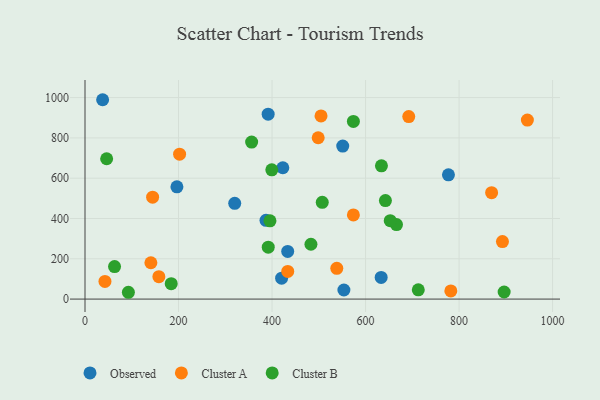
{"axis": {"x": "Speed", "y": "Demand"}, "legend": ["Cluster A", "Cluster B", "Observed"], "data": [{"x": "423.1", "y": 651.7, "type": "Observed"}, {"x": "37.7", "y": 989.4, "type": "Observed"}, {"x": "391.7", "y": 917.7, "type": "Observed"}, {"x": "387.1", "y": 390.7, "type": "Observed"}, {"x": "320.2", "y": 475.2, "type": "Observed"}, {"x": "633.4", "y": 107.3, "type": "Observed"}, {"x": "433.5", "y": 236.3, "type": "Observed"}, {"x": "553.7", "y": 45.0, "type": "Observed"}, {"x": "551.2", "y": 759.5, "type": "Observed"}, {"x": "196.6", "y": 557.2, "type": "Observed"}, {"x": "420.5", "y": 103.6, "type": "Observed"}, {"x": "777.3", "y": 616.8, "type": "Observed"}, {"x": "42.7", "y": 87.5, "type": "Cluster A"}, {"x": "202.3", "y": 719.1, "type": "Cluster A"}, {"x": "538.5", "y": 152.9, "type": "Cluster A"}, {"x": "869.6", "y": 528.1, "type": "Cluster A"}, {"x": "782.4", "y": 40.4, "type": "Cluster A"}, {"x": "140.9", "y": 180.4, "type": "Cluster A"}, {"x": "433.6", "y": 137.2, "type": "Cluster A"}, {"x": "144.6", "y": 506.0, "type": "Cluster A"}, {"x": "692.4", "y": 905.7, "type": "Cluster A"}, {"x": "504.8", "y": 908.9, "type": "Cluster A"}, {"x": "158.0", "y": 111.4, "type": "Cluster A"}, {"x": "892.8", "y": 285.5, "type": "Cluster A"}, {"x": "498.7", "y": 800.8, "type": "Cluster A"}, {"x": "946.1", "y": 888.3, "type": "Cluster A"}, {"x": "574.0", "y": 417.7, "type": "Cluster A"}, {"x": "399.5", "y": 641.3, "type": "Cluster B"}, {"x": "46.3", "y": 696.4, "type": "Cluster B"}, {"x": "634.0", "y": 661.2, "type": "Cluster B"}, {"x": "63.2", "y": 161.1, "type": "Cluster B"}, {"x": "92.8", "y": 33.8, "type": "Cluster B"}, {"x": "184.4", "y": 76.5, "type": "Cluster B"}, {"x": "574.0", "y": 881.5, "type": "Cluster B"}, {"x": "395.6", "y": 388.2, "type": "Cluster B"}, {"x": "391.9", "y": 257.8, "type": "Cluster B"}, {"x": "642.5", "y": 488.8, "type": "Cluster B"}, {"x": "666.2", "y": 369.7, "type": "Cluster B"}, {"x": "896.4", "y": 35.1, "type": "Cluster B"}, {"x": "712.8", "y": 45.8, "type": "Cluster B"}, {"x": "483.2", "y": 272.1, "type": "Cluster B"}, {"x": "652.8", "y": 389.0, "type": "Cluster B"}, {"x": "356.4", "y": 779.4, "type": "Cluster B"}, {"x": "507.4", "y": 480.3, "type": "Cluster B"}]}